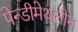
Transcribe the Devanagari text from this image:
पेन्‍डीमेथलीन